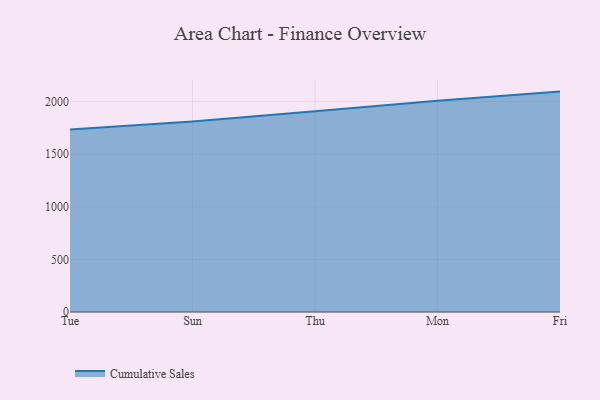
{"axis": {"x": "Day", "y": "Active Users"}, "legend": ["Cumulative Sales"], "data": [{"x": "Tue", "y": 1734.1, "type": "Cumulative Sales"}, {"x": "Sun", "y": 1811.1, "type": "Cumulative Sales"}, {"x": "Thu", "y": 1908.7, "type": "Cumulative Sales"}, {"x": "Mon", "y": 2007.8, "type": "Cumulative Sales"}, {"x": "Fri", "y": 2095.1, "type": "Cumulative Sales"}]}